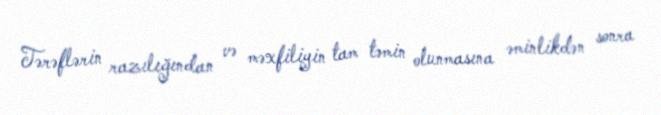
Tərəflərin razılığından və məxfiliyin tam təmin olunmasına əminlikdən sonra